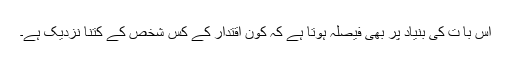
اس با ت کی بنیاد پر بھی فیصلہ ہوتا ہے کہ کون اقتدار کے کس شخص کے کتنا نزدیک ہے۔